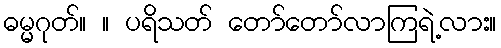
ဓမ္မဂုတ်။ ။ ပရိသတ် တော်တော်လာကြရဲ့လား။